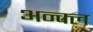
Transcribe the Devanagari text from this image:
अन्क्ल